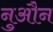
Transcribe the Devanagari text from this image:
नुऔन